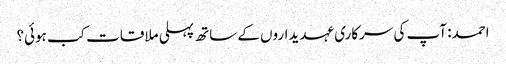
احمد: آپ کی سرکاری عہدیداروں کے ساتھ پہلی ملاقات کب ہوئی؟